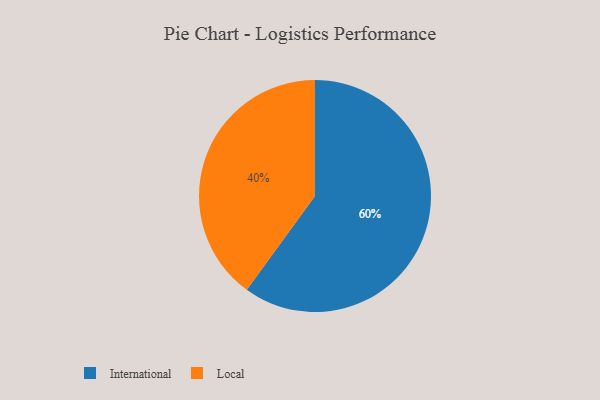
{"axis": {"x": "Category", "y": "Percentage"}, "legend": ["International", "Local"], "data": [{"x": "Local", "y": 40, "type": "Local"}, {"x": "International", "y": 60, "type": "International"}]}